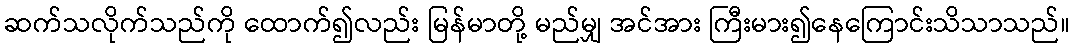
ဆက်သလိုက်သည်ကို ထောက်၍လည်း မြန်မာတို့ မည်မျှ အင်အား ကြီးမား၍နေကြောင်းသိသာသည်။